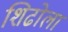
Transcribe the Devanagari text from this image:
शिढोला